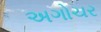
અગોચર